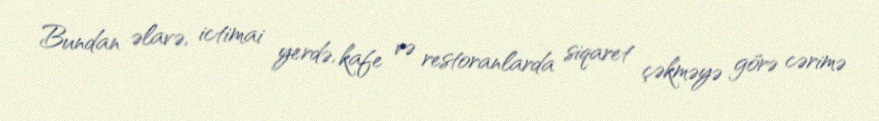
Bundan əlavə, ictimai yerdə, kafe və restoranlarda siqaret çəkməyə görə cərimə